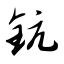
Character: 钪